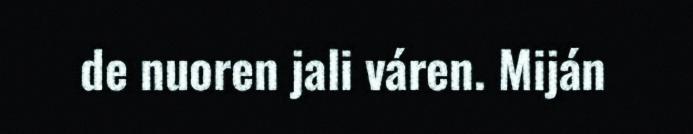
de nuoren jali váren. Miján